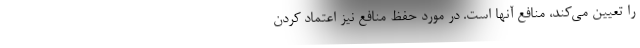
را تعیین می‌کند، منافع آنها است. در مورد حفظ منافع نیز اعتماد کردن